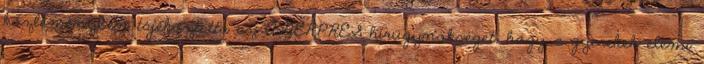
közleményben tájékoztatta az AGERPRES hírügynökséget, hogy a gyerekek elemi